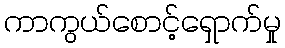
ကာကွယ်စောင့်ရှောက်မှု